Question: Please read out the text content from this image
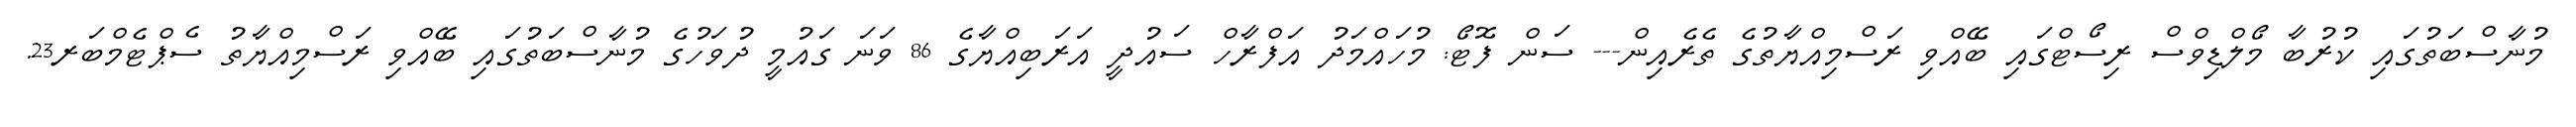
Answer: މުނާސްބަތުގައި ކުރުބާ މޯލްޑިވްސް ރިސޯޓްގައި ބޭއްވި ރަސްމިއްޔާތުގެ ތެރެއިން--- ސަން ފޮޓޯ: މުހައްމަދު އަފްރާހް ސައުދީ އަރަބިއްޔާގެ 86 ވަނަ ގައުމީ ދުވަހުގެ މުނާސްބަތުގައި ބޭއްވި ރަސްމިއްޔާތު ސެޕްޓެމްބަރ23.